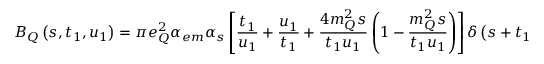
B _ { Q } \left( s , t _ { 1 } , u _ { 1 } \right) = \pi e _ { Q } ^ { 2 } \alpha _ { e m } \alpha _ { s } \left[ \frac { t _ { 1 } } { u _ { 1 } } + \frac { u _ { 1 } } { t _ { 1 } } + \frac { 4 m _ { Q } ^ { 2 } s } { t _ { 1 } u _ { 1 } } \left( 1 - \frac { m _ { Q } ^ { 2 } s } { t _ { 1 } u _ { 1 } } \right) \right] \delta \left( s + t _ { 1 } + u _ { 1 } \right) ,